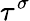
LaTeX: \tau^{\sigma}